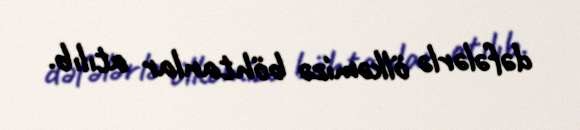
dəfələrlə ölkəmizə böhtanlar atılıb.